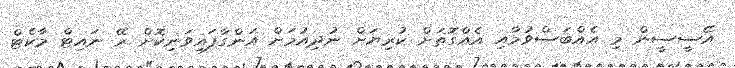
އޭސީސީން މި އެއްބަސްވުމާއި އެއްގޮތަށް ކުރިޔަށް ނުދިއުމަށް އަންގާފައިވަނިކޮށް ރޭ ނައިޓް މާކެޓް